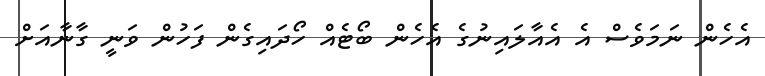
އެހެން ނަމަވެސް އެ އެއާލައިނުގެ އެހެން ބޯޓެއް ހޯދައިގެން ފަހުން ވަނީ ގާނާއަށް